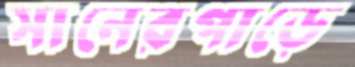
সানেরপাড়ে